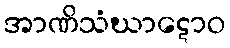
အာဏိသံဃာဋောဝ